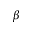
\beta